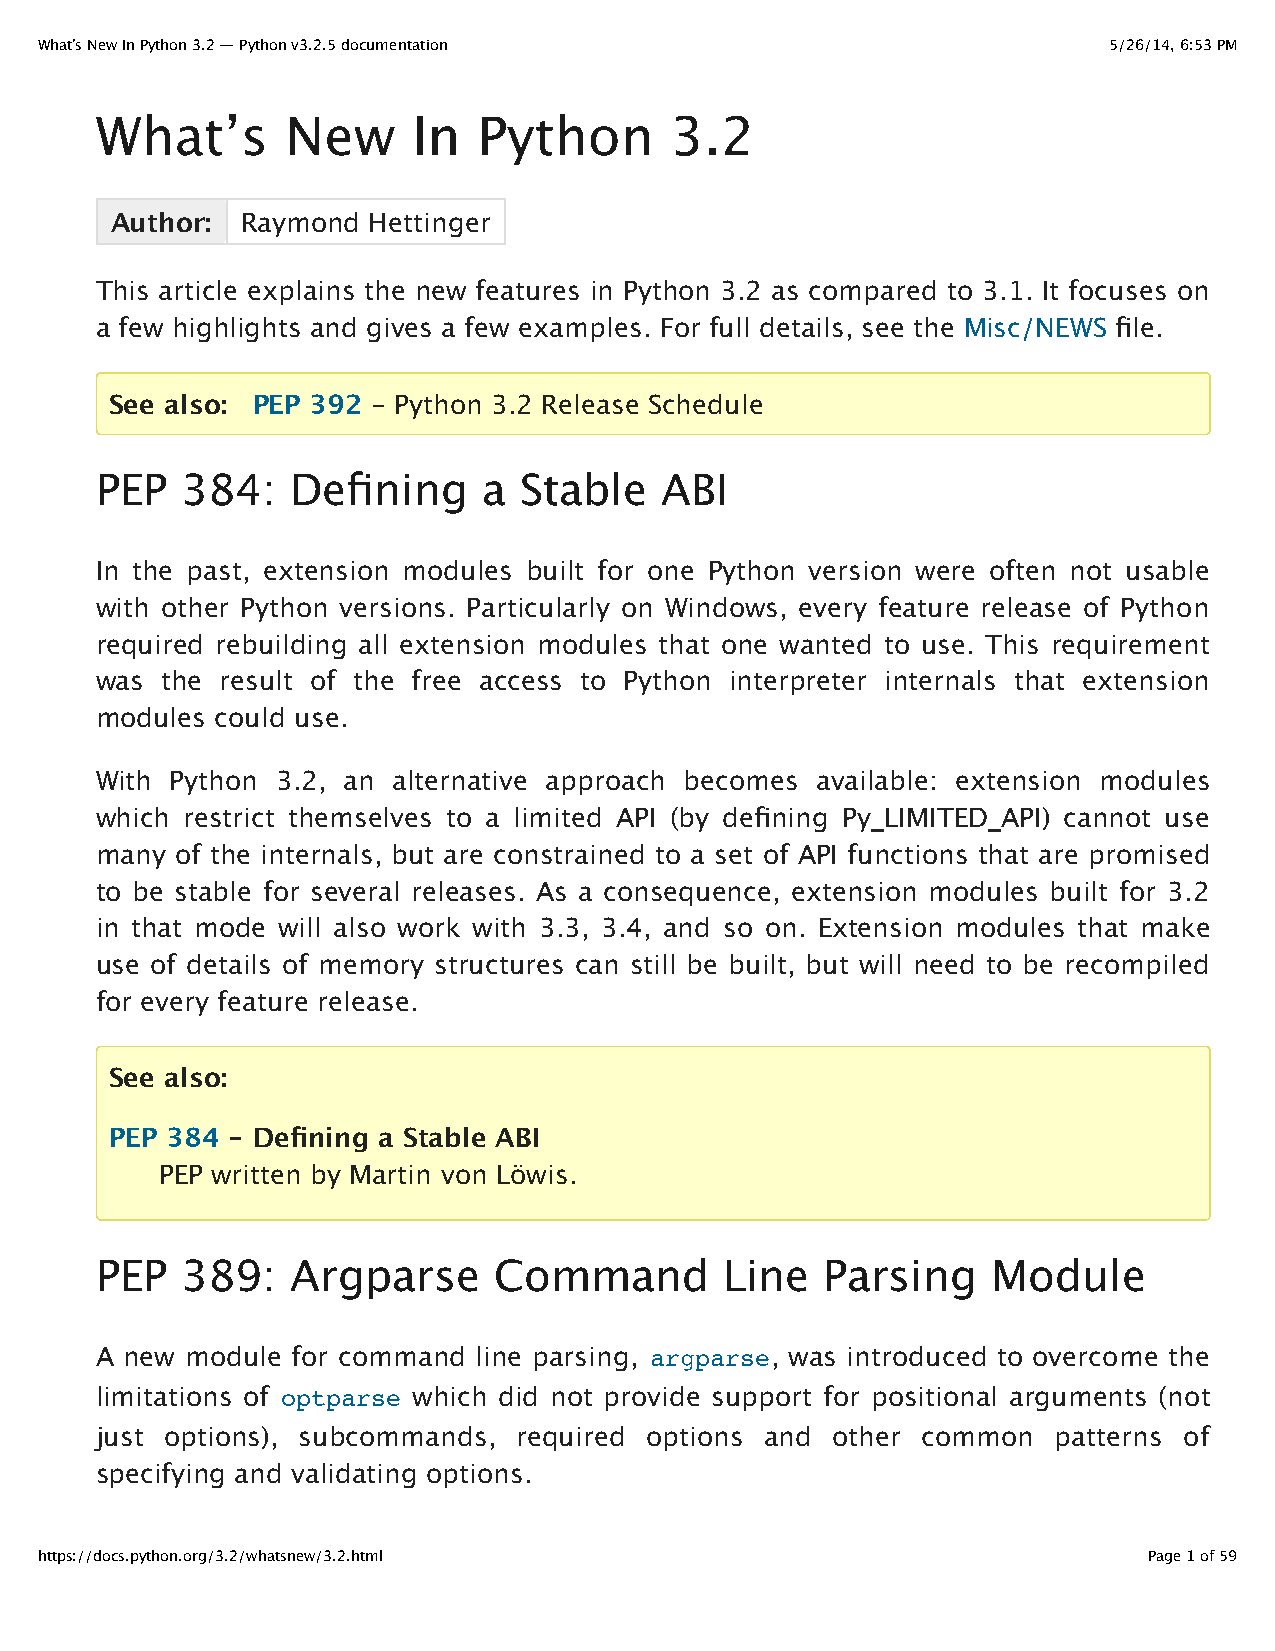
What’s New In Python 3.2 — Python v3.2.5 documentation                 5/26/14, 6:53 PM
 What’s       New     In   Python      3.2
 Author:  Raymond Hettinger
 This article explains the new features in Python 3.2 as compared to 3.1. It focuses on
 a few highlights and gives a few examples. For full details, see the Misc/NEWS file.
 See also: PEP 392 - Python 3.2 Release Schedule
 PEP   384:   Defining     a Stable    ABI
 In the past, extension modules built for one Python version were often not usable
 with other Python versions. Particularly on Windows, every feature release of Python
 required rebuilding all extension modules that one wanted to use. This requirement
 was  the result of the free access to Python interpreter internals that extension
 modules could use.
 With Python 3.2, an alternative approach becomes available: extension modules
 which restrict themselves to a limited API (by defining Py_LIMITED_API) cannot use
 many  of the internals, but are constrained to a set of API functions that are promised
 to be stable for several releases. As a consequence, extension modules built for 3.2
 in that mode will also work with 3.3, 3.4, and so on. Extension modules that make
 use of details of memory structures can still be built, but will need to be recompiled
 for every feature release.
 See also:
 PEP 384 - Defining a Stable ABI
 PEP written by Martin von Löwis.
 PEP   389:   Argparse      Command        Line   Parsing    Module
 A new module for command  line parsing, argparse, was introduced to overcome the
 limitations of optparse which did not provide support for positional arguments (not
 just options), subcommands, required options and other common   patterns of
 specifying and validating options.
 https://docs.python.org/3.2/whatsnew/3.2.html                             Page 1 of 59